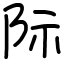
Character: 际